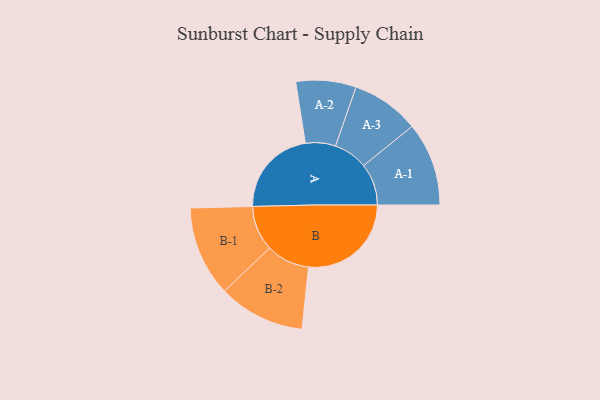
{"axis": {"x": "Segment", "y": "Value"}, "legend": ["", "A", "B"], "data": [{"x": "A", "y": 391, "type": ""}, {"x": "B", "y": 455, "type": ""}, {"x": "A-1", "y": 185, "type": "A"}, {"x": "A-2", "y": 133, "type": "A"}, {"x": "A-3", "y": 151, "type": "A"}, {"x": "B-1", "y": 200, "type": "B"}, {"x": "B-2", "y": 192, "type": "B"}]}